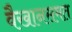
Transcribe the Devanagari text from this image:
वैखानसमत